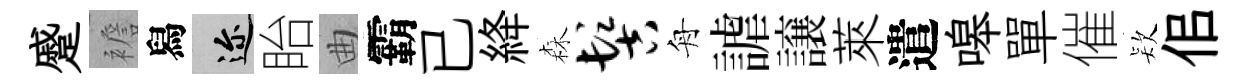
蹙襜舄邇眙曲霸已絳森髻舟謔譲萊遣嗥單催𣣇佀